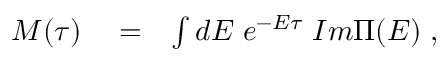
\begin{array} { r l r } { M ( \tau ) } & { { } = } & { \int d E \; e ^ { - E \tau } \; I m \Pi ( E ) \; , } \end{array}